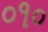
૦૧૦